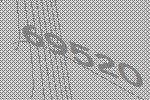
69520